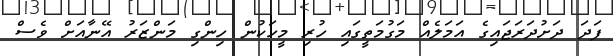
ފަދަ ދަށުދަރަޖައިގެ އަމަލެއް މަގުމަތީގައި ހުރި މީހަކުން ހިންގި މަންޒަރު އޭނާއަށް ވެސް